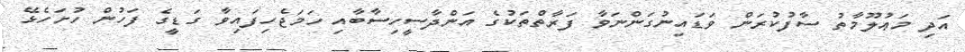
އަދި މަޢުލޫމާތު ސާފުކުރަން ވަޑައިނުގަންނަވާ ފަރާތްތަކުގެ އަންދާސީހިސާބާއި ހަމަޖެހިފައިވާ ގަޑީގެ ފަހުން ހުށަހެޅޭ